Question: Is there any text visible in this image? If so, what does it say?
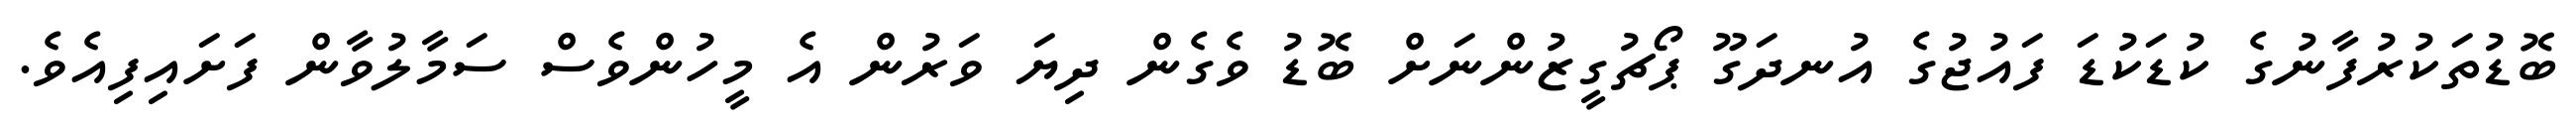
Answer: ބޮޑުތަކުރުފާނުގެ ކުޑަކުޑަ ފައުޖުގެ އުނދަގޫ ޕޯޗުގީޒުންނަށް ބޮޑު ވެގެން ދިޔަ ވަރުން އެ މީހުންވެސް ސަމާލުވާން ފަށައިފިއެވެ.